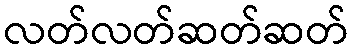
လတ်လတ်ဆတ်ဆတ်